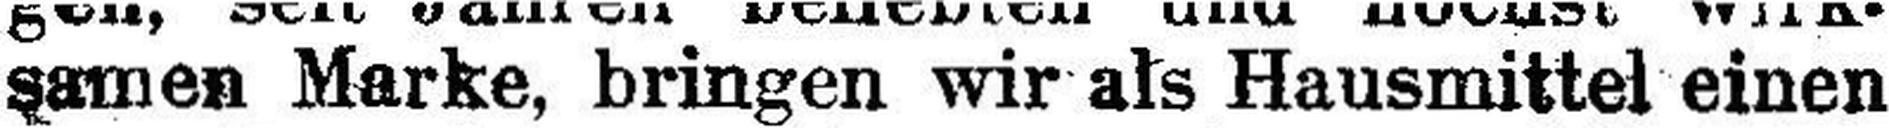
samen Marke, bringen wir als Hausmittel einen